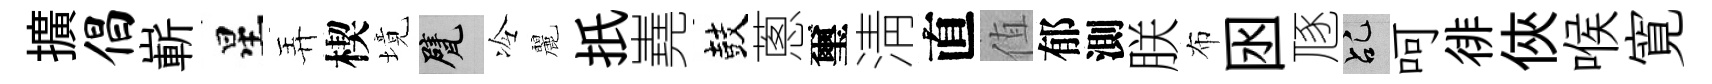
擴倡嶄星弄楔境甓冷麗扺嶤鼓蔥璽淸直值郁測朕布囦豗乩呵徘俠喉寛